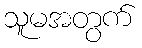
သူမအတွက်